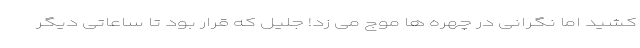
کشید اما نگرانی در چهره ها موج می زد! جلیل که قرار بود تا ساعاتی دیگر